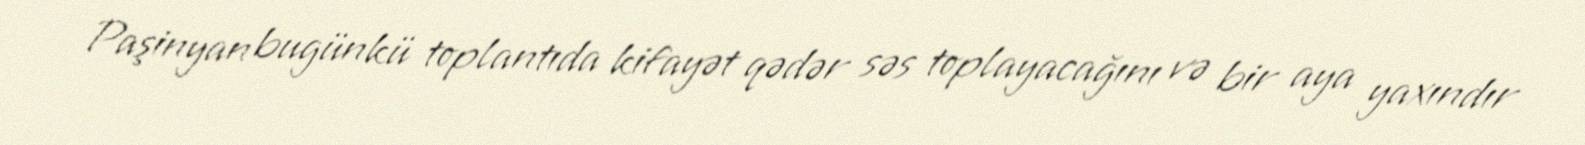
Paşinyan bugünkü toplantıda kifayət qədər səs toplayacağını və bir aya yaxındır